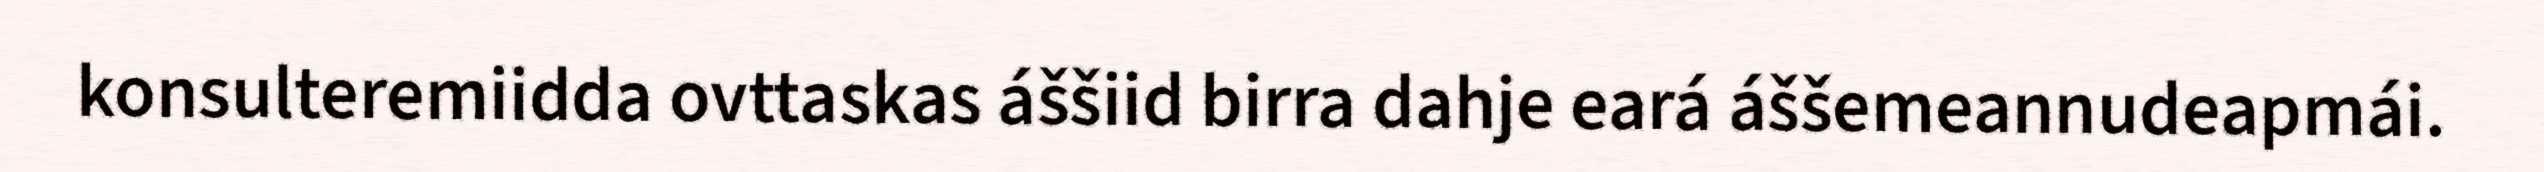
konsulteremiidda ovttaskas áššiid birra dahje eará áššemeannudeapmái.